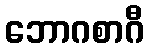
ဘောဂစာဂီ